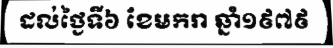
ដល់ថ្ងៃទី៦ ខែមករា ឆ្នាំ១៩៧៩